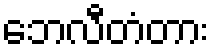
ဘေလီတံတား